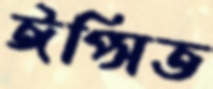
ঈপ্সিত